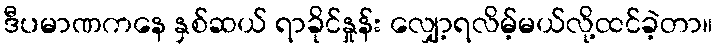
ဒီပမာဏကနေ နှစ်ဆယ် ရာခိုင်နှုန်း လျှော့ရလိမ့်မယ်လို့ထင်ခဲ့တာ။